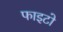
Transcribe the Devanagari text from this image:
फाइटो